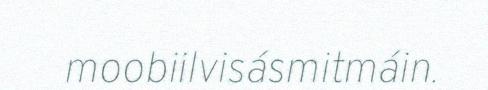
moobiilvisásmitmáin.